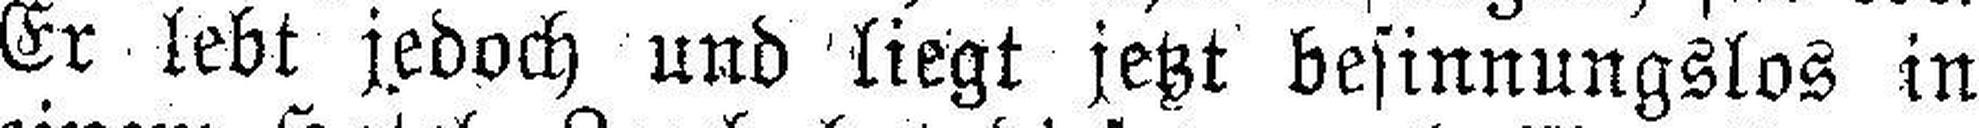
Er lebt jedoch und liegt jetzt besinnungslos in